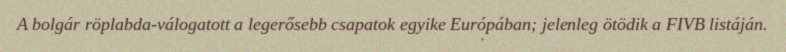
A bolgár röplabda-válogatott a legerősebb csapatok egyike Európában; jelenleg ötödik a FIVB listáján.